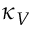
\kappa _ { V }